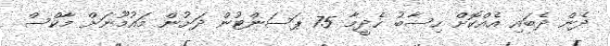
ދެން ދެބައި އެއްކޮށް ހިސާބު ހެދީމާ 75 ޕަސަންޓުން ދަށުން މައުމޫނަށް މާކްސް